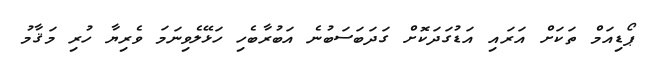
ޕޯޑިއަމް ތަކަށް އަރައި އަޑުގަދަކޮށް ގަދަބަސަބުނެ އަބުރާބެހި ހަޅޭލެވިނަމަ ވެރިޔާ ހުރި މަޤާމު